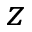
z